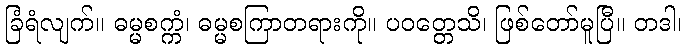
ခြံရံလျက်။ ဓမ္မစက္ကံ၊ ဓမ္မစကြာတရားကို။ ပဝတ္တေသိ၊ ဖြစ်တော်မူပြီ။ တဒါ၊